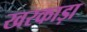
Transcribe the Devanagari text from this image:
खरकाड़ा